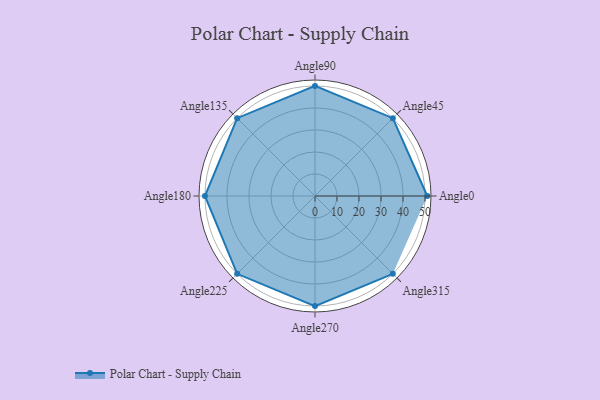
{"axis": {"x": "Angle", "y": "Radius"}, "legend": [""], "data": [{"x": "Angle0", "y": 51.0, "type": ""}, {"x": "Angle45", "y": 50, "type": ""}, {"x": "Angle90", "y": 50, "type": ""}, {"x": "Angle135", "y": 50, "type": ""}, {"x": "Angle180", "y": 50, "type": ""}, {"x": "Angle225", "y": 50, "type": ""}, {"x": "Angle270", "y": 50, "type": ""}, {"x": "Angle315", "y": 50, "type": ""}]}